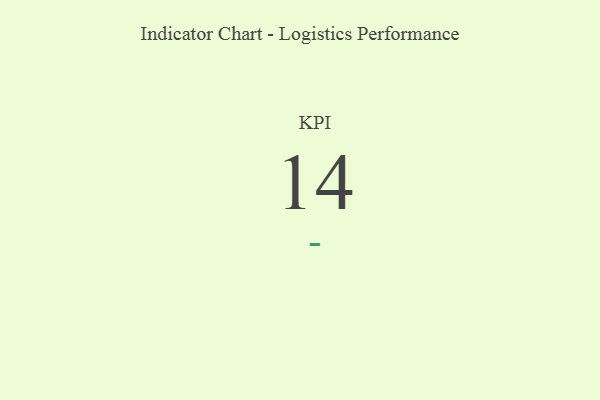
{"axis": {"x": "KPI", "y": "Value"}, "legend": [""], "data": [{"x": "KPI", "y": 14, "type": ""}]}